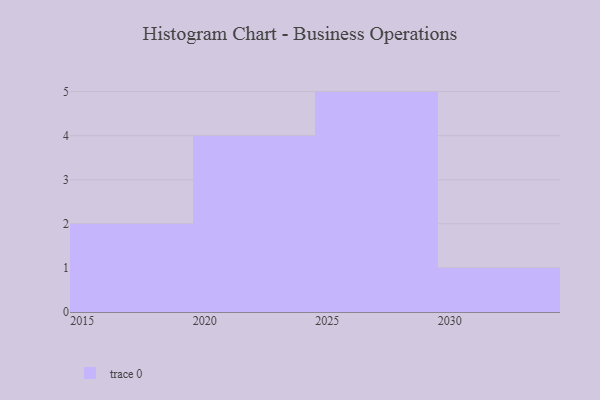
{"axis": {"x": "Year", "y": "Market Share (%)"}, "legend": [""], "data": [{"x": "2030", "y": 65, "type": ""}, {"x": "2029", "y": 71, "type": ""}, {"x": "2027", "y": 94, "type": ""}, {"x": "2015", "y": 60, "type": ""}, {"x": "2022", "y": 1, "type": ""}, {"x": "2019", "y": 13, "type": ""}, {"x": "2024", "y": 59, "type": ""}, {"x": "2025", "y": 49, "type": ""}, {"x": "2026", "y": 26, "type": ""}, {"x": "2028", "y": 34, "type": ""}, {"x": "2020", "y": 97, "type": ""}, {"x": "2023", "y": 59, "type": ""}]}